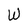
Character: W